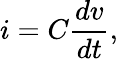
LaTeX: i=C{\frac{dv}{dt}},